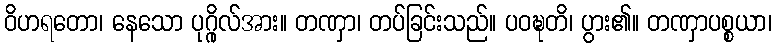
ဝိဟရတော၊ နေသော ပုဂ္ဂိုလ်အား။ တဏှာ၊ တပ်ခြင်းသည်။ ပဝဍ္ဎတိ၊ ပွား၏။ တဏှာပစ္စယာ၊